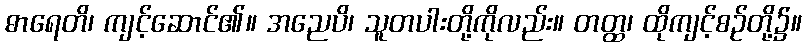
ဓာရေတိ၊ ကျင့်ဆောင်၏။ အညေပိ၊ သူတပါးတို့ကိုလည်း။ တတ္ထ၊ ထိုကျင့်စဉ်တို့၌။